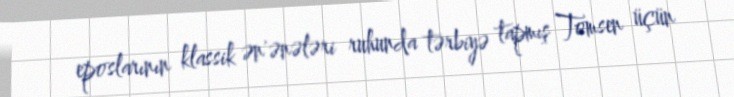
eposlarının klassik ən'ənələri ruhunda tərbiyə tapmış Tomsen üçün